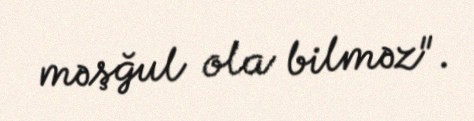
məşğul ola bilməz".